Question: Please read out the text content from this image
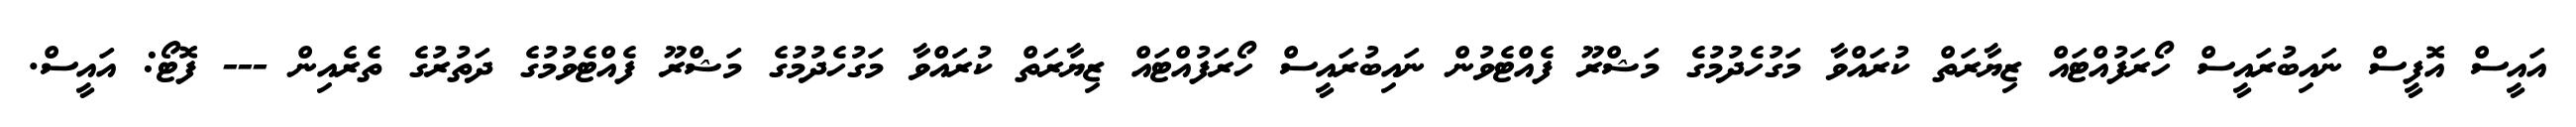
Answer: އައީސް އޮފީސް ނައިބުރައީސް ހޯރަފުއްޓައް ޒިޔާރަތް ކުރައްވާ މަގުހެދުމުގެ މަޝްރޫ ފެއްޓެވުން ނައިބުރައީސް ހޯރަފުއްޓައް ޒިޔާރަތް ކުރައްވާ މަގުހެދުމުގެ މަޝްރޫ ފެއްޓެވުމުގެ ދަތުރުގެ ތެރެއިން --- ފޮޓޯ: އައީސް.